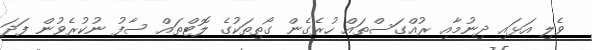
ވެލި އަޅައި ދިނުމާއި ރުއްގަސްތައް ހުރެގެން ގޯތިތަކުގެ ލޮޓްތައް ސާފު ނުކުރެވުން ފަދަ